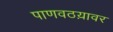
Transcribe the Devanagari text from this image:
पाणवठय़ावर